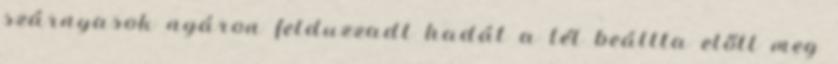
szárnyasok nyáron felduzzadt hadát a tél beállta előtt meg